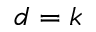
d = k